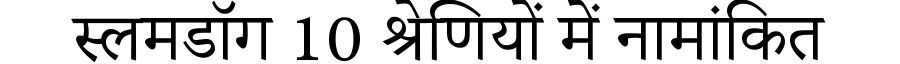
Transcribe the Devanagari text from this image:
स्लमडॉग 10 श्रेणियों में नामांकित